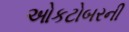
ઓકટોબરની